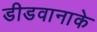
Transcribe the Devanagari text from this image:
डीडवानाके